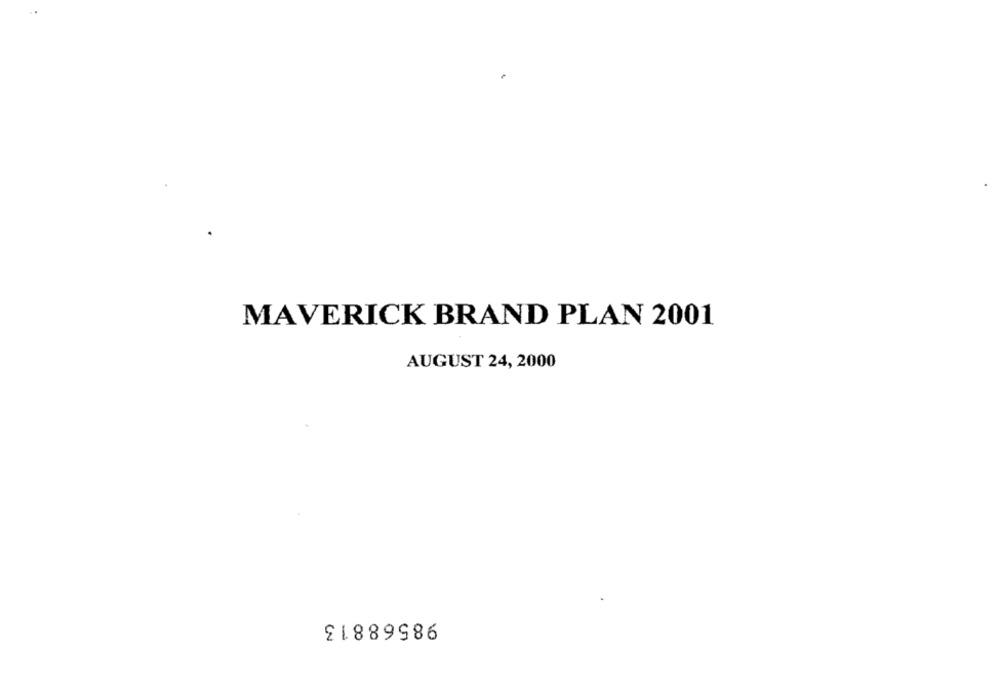
MAVERICK BRAND PLAN 2001
AUGUST 24, 2000
98568813